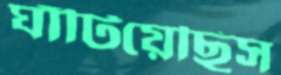
ঘাঁটিয়েছিস